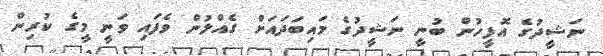
ނަޝީދުގެ އޮފީހުން ބުނީ ނަޝީދުގެ މައިބަދައަށް ގެއްލުން ވެފައި ވަނީ މީގެ ކުރިން